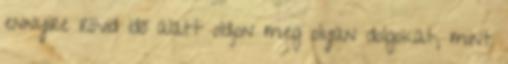
ennyire rövid idő alatt oldjon meg olyan dolgokat, mint